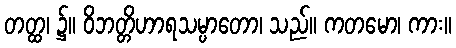
တတ္ထ၊ ၌။ ဝိဘတ္တိဟာရသမ္ပာတော၊ သည်။ ကတမော၊ ကား။